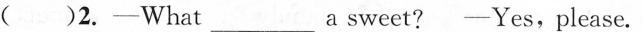
( )2.-What___a sweet?-Yes,please.